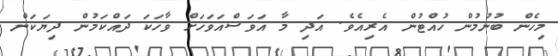
މިހެން ބުނުމުން ހުއްޓުން އެރިއެވެ. އަދި މާ އަވަސްއަވަހަށް ވާހަަކަ ދައްކަމުން ދިޔަކަން